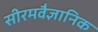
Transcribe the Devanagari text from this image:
सीरमवैज्ञानिक